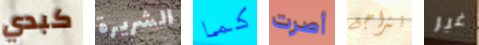
كبدي الشريرة كما أصرت نتراجع غير